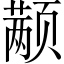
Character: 颟